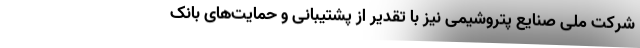
شرکت ملی صنایع پتروشیمی نیز با تقدیر از پشتیبانی و حمایت‌های بانک